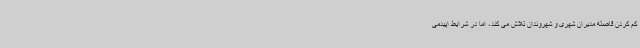
کم کردن فاصله مدیران شهری و شهروندان تلاش می کند، اما در شرایط اپیدمی